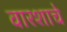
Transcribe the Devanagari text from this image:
वारशाचे